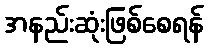
အနည်းဆုံးဖြစ်စေရန်